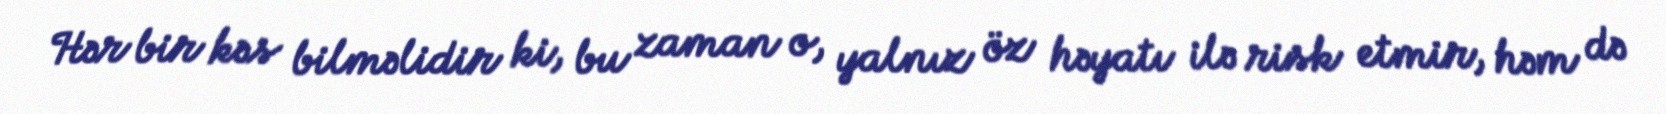
Hər bir kəs bilməlidir ki, bu zaman o, yalnız öz həyatı ilə risk etmir, həm də